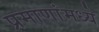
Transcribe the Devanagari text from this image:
प्रमाणांमध्ये